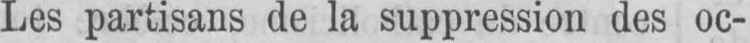
Les partisans de la suppression des oc-